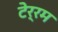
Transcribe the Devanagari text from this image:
टेर्रम